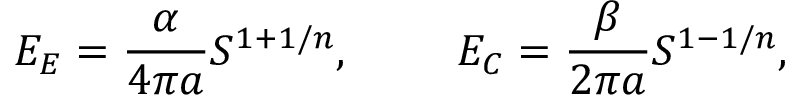
E _ { E } = { \frac { \alpha } { 4 \pi a } } S ^ { 1 + 1 / n } , \ \ \ \ \ \ \ E _ { C } = { \frac { \beta } { 2 \pi a } } S ^ { 1 - 1 / n } ,